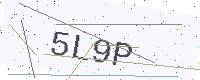
Text: 5L9P